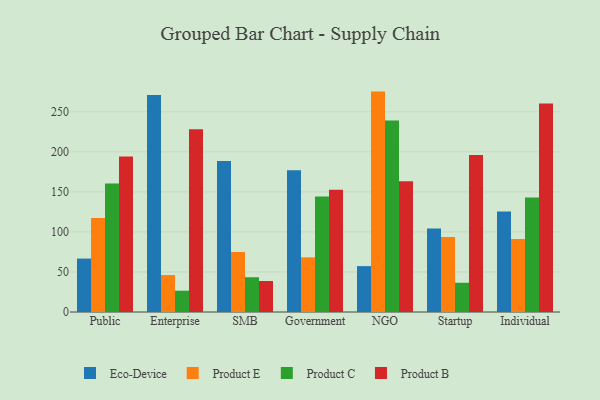
{"axis": {"x": "Segment", "y": "Churn Rate (%)"}, "legend": ["Eco-Device", "Product B", "Product C", "Product E"], "data": [{"x": "Public", "y": 66.7, "type": "Eco-Device"}, {"x": "Public", "y": 117.3, "type": "Product E"}, {"x": "Public", "y": 160.3, "type": "Product C"}, {"x": "Public", "y": 194.3, "type": "Product B"}, {"x": "Enterprise", "y": 270.8, "type": "Eco-Device"}, {"x": "Enterprise", "y": 46.1, "type": "Product E"}, {"x": "Enterprise", "y": 26.6, "type": "Product C"}, {"x": "Enterprise", "y": 228.1, "type": "Product B"}, {"x": "SMB", "y": 188.7, "type": "Eco-Device"}, {"x": "SMB", "y": 74.9, "type": "Product E"}, {"x": "SMB", "y": 43.4, "type": "Product C"}, {"x": "SMB", "y": 38.7, "type": "Product B"}, {"x": "Government", "y": 177.1, "type": "Eco-Device"}, {"x": "Government", "y": 68.2, "type": "Product E"}, {"x": "Government", "y": 144.1, "type": "Product C"}, {"x": "Government", "y": 152.8, "type": "Product B"}, {"x": "NGO", "y": 57.3, "type": "Eco-Device"}, {"x": "NGO", "y": 275.2, "type": "Product E"}, {"x": "NGO", "y": 239.1, "type": "Product C"}, {"x": "NGO", "y": 163.2, "type": "Product B"}, {"x": "Startup", "y": 104.3, "type": "Eco-Device"}, {"x": "Startup", "y": 93.5, "type": "Product E"}, {"x": "Startup", "y": 36.5, "type": "Product C"}, {"x": "Startup", "y": 195.9, "type": "Product B"}, {"x": "Individual", "y": 125.4, "type": "Eco-Device"}, {"x": "Individual", "y": 91.2, "type": "Product E"}, {"x": "Individual", "y": 142.9, "type": "Product C"}, {"x": "Individual", "y": 260.3, "type": "Product B"}]}